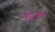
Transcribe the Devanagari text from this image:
मॉन्क्स